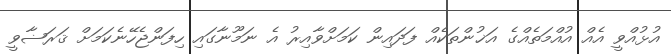
އުޅުއްވީ އެއް އުއްމަތެއްގެ އަޚުންތަކެއް ފަދައިން ކަމަށްވާއިރު އެ ނަމޫނާގައި ހިފަންޖެހޭނެކަމަށް ޤަރަޟާވީ